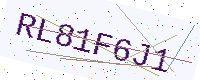
Text: RL81F6J1